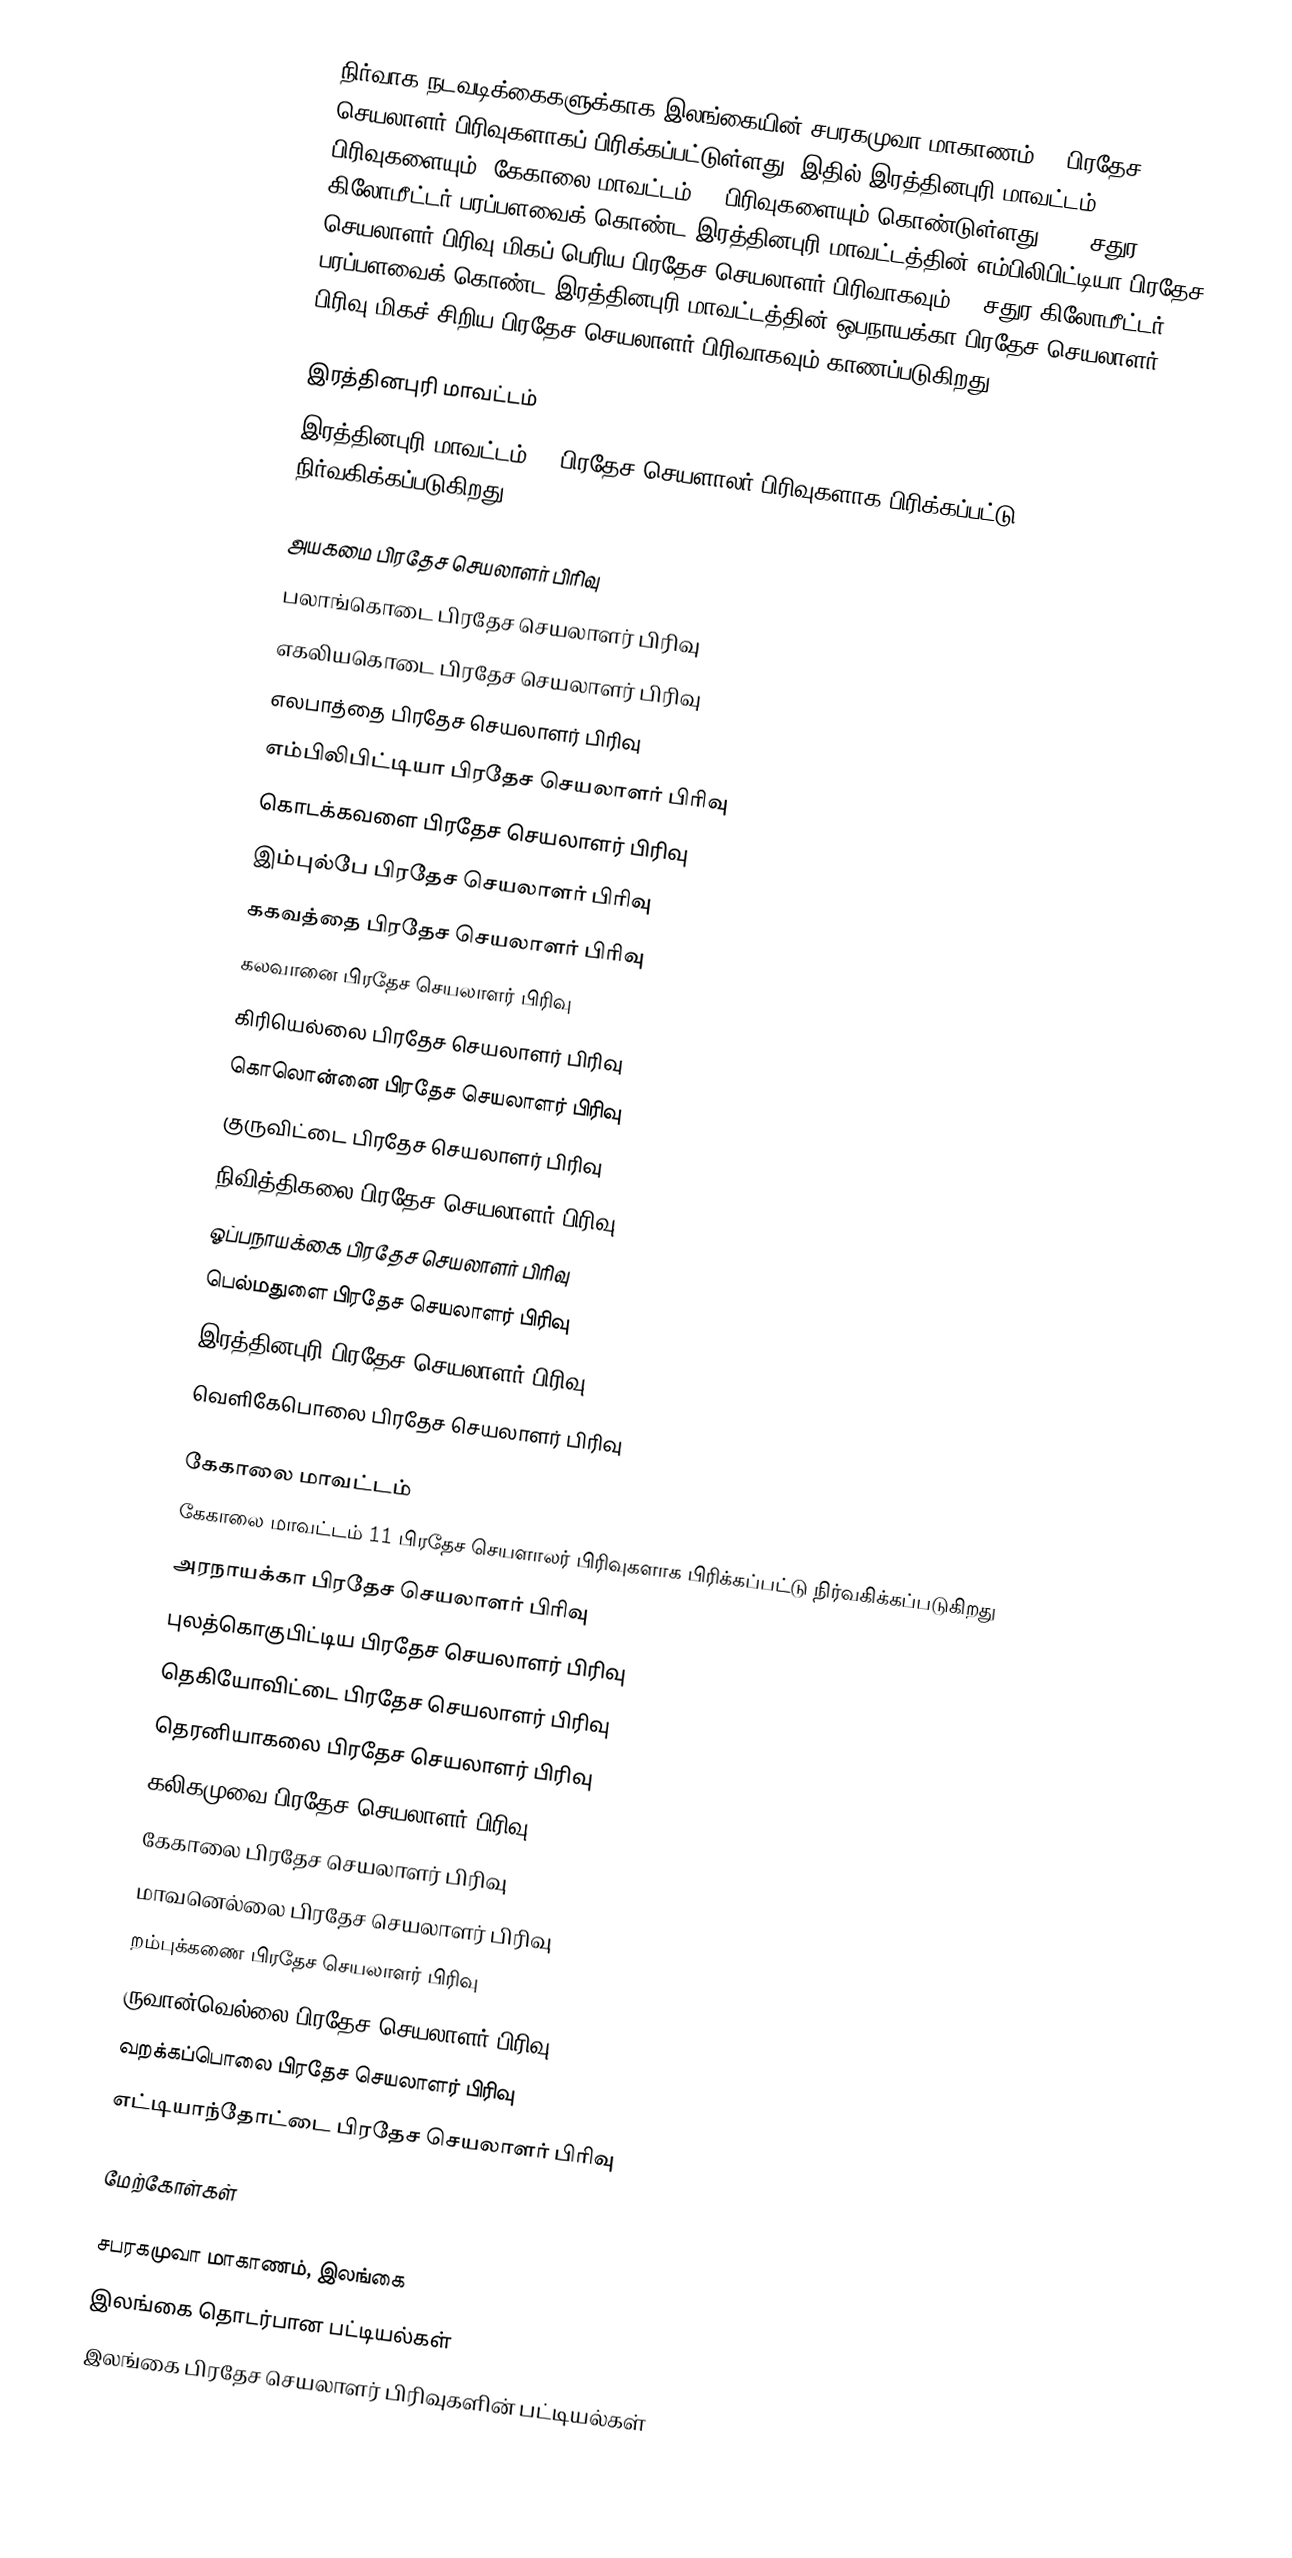
நிர்வாக நடவடிக்கைகளுக்காக இலங்கையின் சபரகமுவா மாகாணம் 28 பிரதேச செயலாளர் பிரிவுகளாகப் பிரிக்கப்பட்டுள்ளது. இதில் இரத்தினபுரி மாவட்டம் 17  பிரிவுகளையும்,  கேகாலை மாவட்டம்  11 பிரிவுகளையும்  கொண்டுள்ளது. 388 சதுர கிலோமீட்டர் பரப்பளவைக் கொண்ட  இரத்தினபுரி மாவட்டத்தின் எம்பிலிபிட்டியா பிரதேச செயலாளர் பிரிவு மிகப் பெரிய பிரதேச செயலாளர் பிரிவாகவும் 80 சதுர கிலோமீட்டர் பரப்பளவைக் கொண்ட  இரத்தினபுரி மாவட்டத்தின் ஒபநாயக்கா பிரதேச செயலாளர் பிரிவு மிகச் சிறிய பிரதேச செயலாளர் பிரிவாகவும் காணப்படுகிறது.

இரத்தினபுரி மாவட்டம்
இரத்தினபுரி மாவட்டம் 17 பிரதேச செயளாலர் பிரிவுகளாக பிரிக்கப்பட்டு நிர்வகிக்கப்படுகிறது.

 அயகமை பிரதேச செயலாளர் பிரிவு
 பலாங்கொடை பிரதேச செயலாளர் பிரிவு
 எகலியகொடை பிரதேச செயலாளர் பிரிவு
 எலபாத்தை பிரதேச செயலாளர் பிரிவு
 எம்பிலிபிட்டியா பிரதேச செயலாளர் பிரிவு
 கொடக்கவளை பிரதேச செயலாளர் பிரிவு
 இம்புல்பே பிரதேச செயலாளர் பிரிவு
 ககவத்தை பிரதேச செயலாளர் பிரிவு
 கலவானை பிரதேச செயலாளர் பிரிவு
 கிரியெல்லை பிரதேச செயலாளர் பிரிவு
 கொலொன்னை பிரதேச செயலாளர் பிரிவு
 குருவிட்டை பிரதேச செயலாளர் பிரிவு
 நிவித்திகலை பிரதேச செயலாளர் பிரிவு
 ஓப்பநாயக்கை பிரதேச செயலாளர் பிரிவு
 பெல்மதுளை பிரதேச செயலாளர் பிரிவு
 இரத்தினபுரி பிரதேச செயலாளர் பிரிவு
 வெளிகேபொலை பிரதேச செயலாளர் பிரிவு

கேகாலை மாவட்டம்
கேகாலை மாவட்டம்  11 பிரதேச செயளாலர் பிரிவுகளாக பிரிக்கப்பட்டு நிர்வகிக்கப்படுகிறது
 அரநாயக்கா பிரதேச செயலாளர் பிரிவு
 புலத்கொகுபிட்டிய பிரதேச செயலாளர் பிரிவு
 தெகியோவிட்டை பிரதேச செயலாளர் பிரிவு
 தெரனியாகலை பிரதேச செயலாளர் பிரிவு
 கலிகமுவை பிரதேச செயலாளர் பிரிவு
 கேகாலை பிரதேச செயலாளர் பிரிவு
 மாவனெல்லை பிரதேச செயலாளர் பிரிவு
 றம்புக்கணை பிரதேச செயலாளர் பிரிவு
 ருவான்வெல்லை பிரதேச செயலாளர் பிரிவு
 வறக்கப்பொலை பிரதேச செயலாளர் பிரிவு
 எட்டியாந்தோட்டை பிரதேச செயலாளர் பிரிவு

மேற்கோள்கள்

சபரகமுவா மாகாணம், இலங்கை
இலங்கை தொடர்பான பட்டியல்கள்
இலங்கை பிரதேச செயலாளர் பிரிவுகளின் பட்டியல்கள்